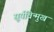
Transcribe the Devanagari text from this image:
सूर्यविन्मुख